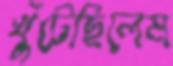
খুঁটেছিলেম